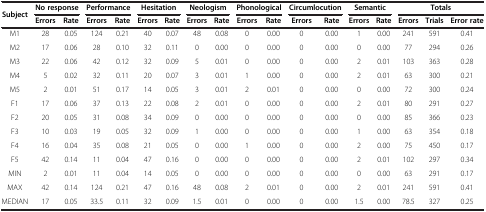
<table><thead><tr><td rowspan="2"><b>Subject</b></td><td colspan="2"><b>No response</b></td><td colspan="2"><b>Performance</b></td><td colspan="2"><b>Hesitation</b></td><td colspan="2"><b>Neologism</b></td><td colspan="2"><b>Phonological</b></td><td colspan="2"><b>Circumlocution</b></td><td colspan="2"><b>Semantic</b></td><td colspan="3"><b>Totals</b></td></tr><tr><td><b>Errors</b></td><td><b>Rate</b></td><td><b>Errors</b></td><td><b>Rate</b></td><td><b>Errors</b></td><td><b>Rate</b></td><td><b>Errors</b></td><td><b>Rate</b></td><td><b>Errors</b></td><td><b>Rate</b></td><td><b>Errors</b></td><td><b>Rate</b></td><td><b>Errors</b></td><td><b>Rate</b></td><td><b>Errors</b></td><td><b>Trials</b></td><td><b>Error rate</b></td></tr></thead><tbody><tr><td>M1</td><td>28</td><td>0.05</td><td>124</td><td>0.21</td><td>40</td><td>0.07</td><td>48</td><td>0.08</td><td>0</td><td>0.00</td><td>0</td><td>0.00</td><td>1</td><td>0.00</td><td>241</td><td>591</td><td>0.41</td></tr><tr><td>M2</td><td>17</td><td>0.06</td><td>28</td><td>0.10</td><td>32</td><td>0.11</td><td>0</td><td>0.00</td><td>0</td><td>0.00</td><td>0</td><td>0.00</td><td>0</td><td>0.00</td><td>77</td><td>294</td><td>0.26</td></tr><tr><td>M3</td><td>22</td><td>0.06</td><td>42</td><td>0.12</td><td>32</td><td>0.09</td><td>5</td><td>0.01</td><td>0</td><td>0.00</td><td>0</td><td>0.00</td><td>2</td><td>0.01</td><td>103</td><td>363</td><td>0.28</td></tr><tr><td>M4</td><td>5</td><td>0.02</td><td>32</td><td>0.11</td><td>20</td><td>0.07</td><td>3</td><td>0.01</td><td>1</td><td>0.00</td><td>0</td><td>0.00</td><td>2</td><td>0.01</td><td>63</td><td>300</td><td>0.21</td></tr><tr><td>M5</td><td>2</td><td>0.01</td><td>51</td><td>0.17</td><td>14</td><td>0.05</td><td>3</td><td>0.01</td><td>2</td><td>0.01</td><td>0</td><td>0.00</td><td>0</td><td>0.00</td><td>72</td><td>300</td><td>0.24</td></tr><tr><td>F1</td><td>17</td><td>0.06</td><td>37</td><td>0.13</td><td>22</td><td>0.08</td><td>2</td><td>0.01</td><td>0</td><td>0.00</td><td>0</td><td>0.00</td><td>2</td><td>0.01</td><td>80</td><td>291</td><td>0.27</td></tr><tr><td>F2</td><td>20</td><td>0.05</td><td>31</td><td>0.08</td><td>34</td><td>0.09</td><td>0</td><td>0.00</td><td>0</td><td>0.00</td><td>0</td><td>0.00</td><td>0</td><td>0.00</td><td>85</td><td>366</td><td>0.23</td></tr><tr><td>F3</td><td>10</td><td>0.03</td><td>19</td><td>0.05</td><td>32</td><td>0.09</td><td>1</td><td>0.00</td><td>0</td><td>0.00</td><td>0</td><td>0.00</td><td>1</td><td>0.00</td><td>63</td><td>354</td><td>0.18</td></tr><tr><td>F4</td><td>16</td><td>0.04</td><td>35</td><td>0.08</td><td>21</td><td>0.05</td><td>0</td><td>0.00</td><td>1</td><td>0.00</td><td>0</td><td>0.00</td><td>2</td><td>0.00</td><td>75</td><td>450</td><td>0.17</td></tr><tr><td>F5</td><td>42</td><td>0.14</td><td>11</td><td>0.04</td><td>47</td><td>0.16</td><td>0</td><td>0.00</td><td>0</td><td>0.00</td><td>0</td><td>0.00</td><td>2</td><td>0.01</td><td>102</td><td>297</td><td>0.34</td></tr><tr><td>MIN</td><td>2</td><td>0.01</td><td>11</td><td>0.04</td><td>14</td><td>0.05</td><td>0</td><td>0.00</td><td>0</td><td>0.00</td><td>0</td><td>0.00</td><td>0</td><td>0.00</td><td>63</td><td>291</td><td>0.17</td></tr><tr><td>MAX</td><td>42</td><td>0.14</td><td>124</td><td>0.21</td><td>47</td><td>0.16</td><td>48</td><td>0.08</td><td>2</td><td>0.01</td><td>0</td><td>0.00</td><td>2</td><td>0.01</td><td>241</td><td>591</td><td>0.41</td></tr><tr><td>MEDIAN</td><td>17</td><td>0.05</td><td>33.5</td><td>0.11</td><td>32</td><td>0.09</td><td>1.5</td><td>0.01</td><td>0</td><td>0.00</td><td>0</td><td>0.00</td><td>1.5</td><td>0.00</td><td>78.5</td><td>327</td><td>0.25</td></tr></tbody></table>